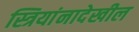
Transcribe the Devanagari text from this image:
स्त्रियांनादेखील